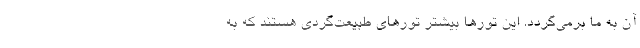
آن به ما برمی‌گردد. این تورها بیشتر تورهای طبیعت‌گردی هستند که به